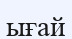
ығай